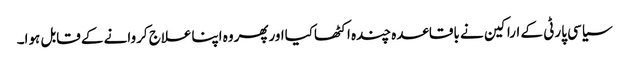
سیاسی پارٹی کے اراکین نے باقاعدہ چندہ اکٹھاکیااورپھروہ اپناعلاج کروانے کے قابل ہوا۔